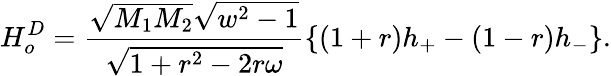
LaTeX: H_{o}^{D}=\frac{\sqrt{M_{1}M_{2}}\sqrt{w^{2}-1}}{\sqrt{1+r^{2}-2r\omega}}\{ (1+r)h_{+}-(1-r)h_{-}\} .